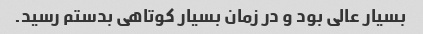
بسیار عالی بود و در زمان بسیار کوتاهی بدستم رسید.